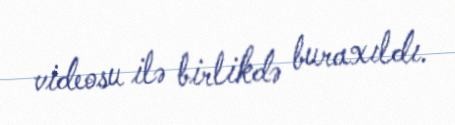
videosu ilə birlikdə buraxıldı.